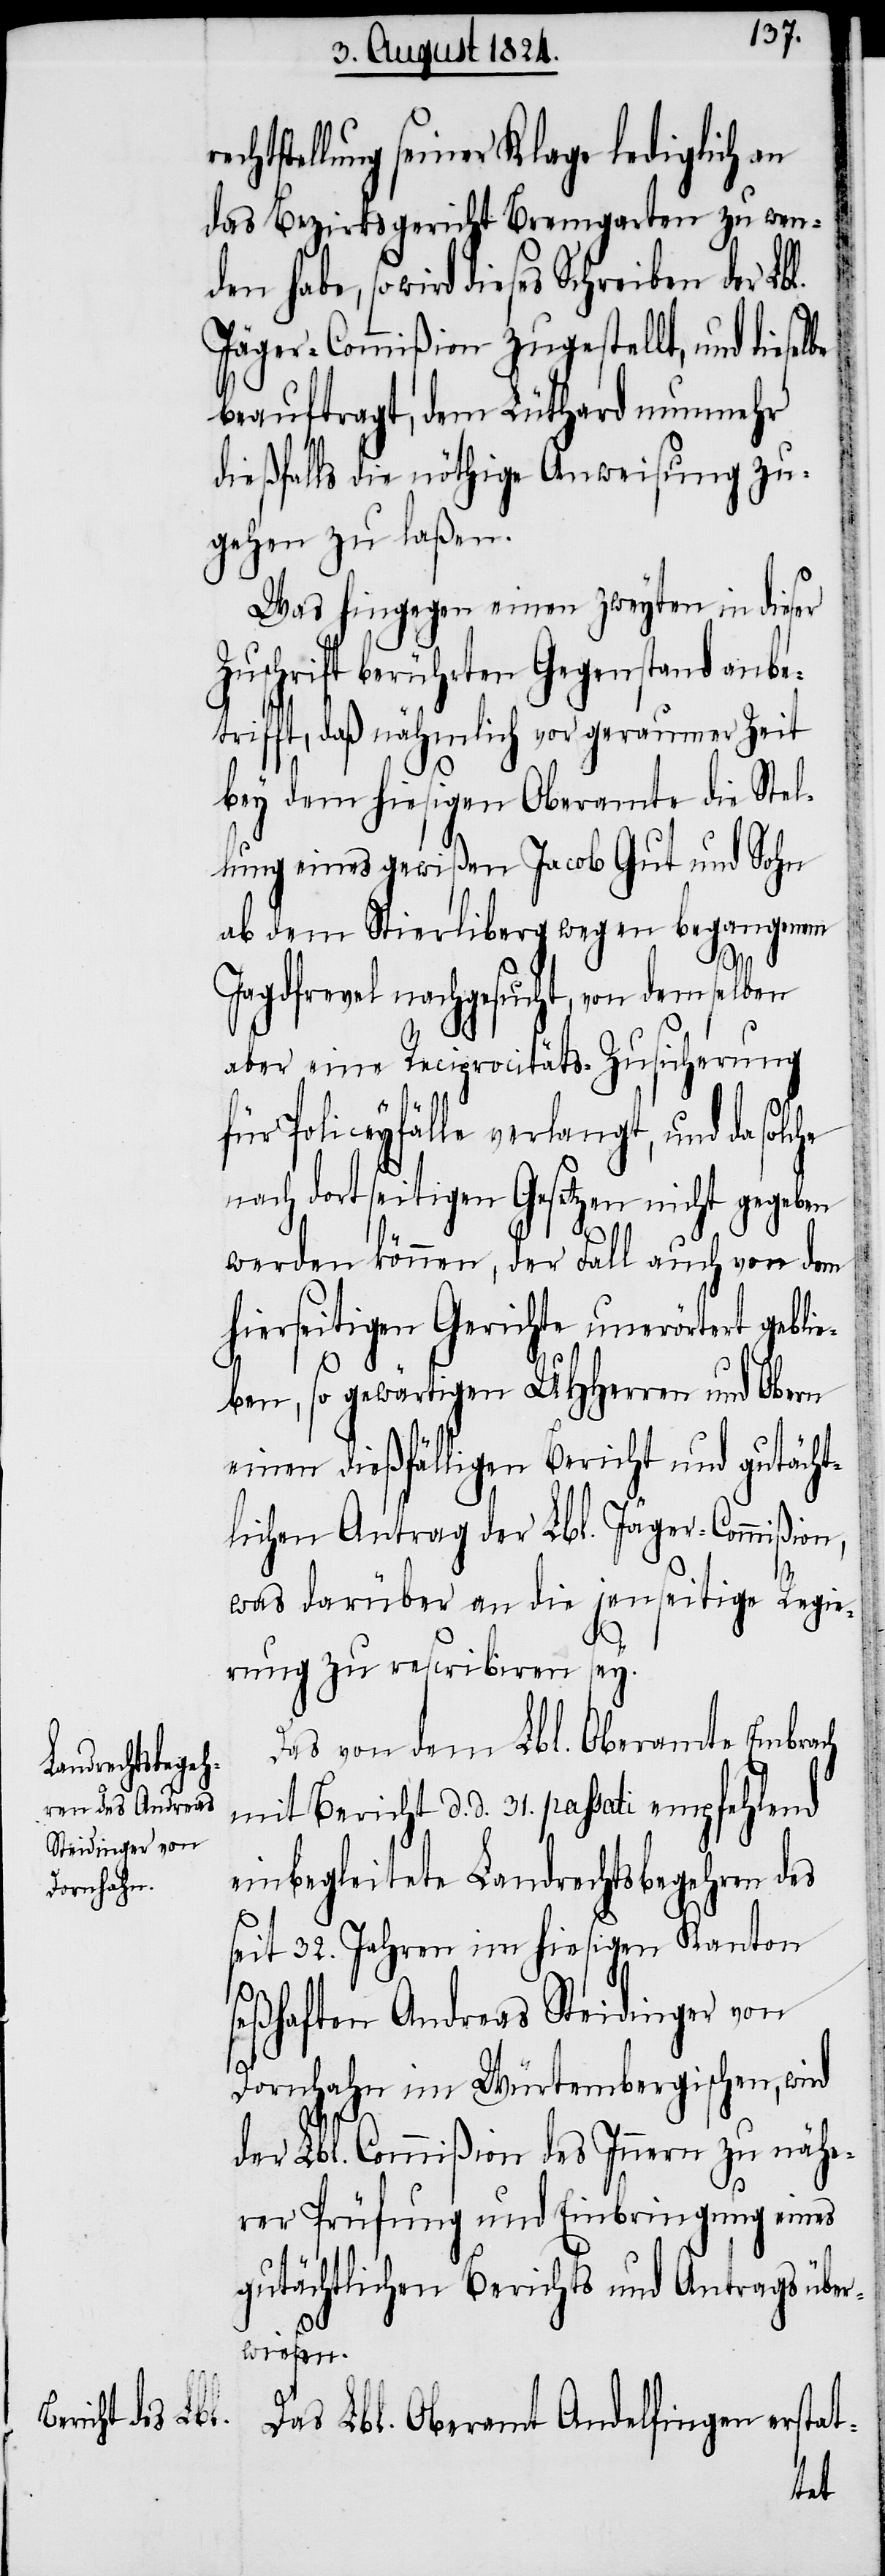
chtstellung seiner Klage lediglich an
das Bezirksgericht Bremgarten zu wen¬
be, so wird dieses Schreiben der Lb¬
Jäger-Commißion zugestellt, und dies¬
beauftragt, dem Lüthard nunmehr
dießfalls die nöthige Anweisung zu¬
gehen zu laßen.
Was hingegen einen zweyten in dieser
Zuschrift berührten Gegenstand anbe¬
trifft, daß nämlich vor geraumer Zeit
bey dem hiesigen Oberamte die Stel¬
lung eines gewißen Jacob Gut und Sohn
ab dem Stierliberg wegen begangenem
l.
Jagdfrevel nachgesucht, von demselben
aber eine Reciprocitäts-Zusicherung
für Policeyfälle verlangt, und da sol¬
nach dortseitigen Gesetzen nicht gegeben
werden können, der Fall auch von dem
hierseitigen Gerichte unerörtert gebli¬
eben, so gewärtigen UHHerren und Obern
einen dießfälligen Bericht und gutächt¬
lichen Antrag der Lbl. Jäger-Commißion,
was darüber an die jenseitige Regie¬
rung zu rescribiren sey.
Das von dem Lbl. Oberamt Embr¬
mit Bericht d. d. 31. passati empfehlend
einbegleitete Landrechtsbegehren des
seit 32. Jahren im hiesigen Kanton
seßhaften Andreas Steidinger von
Dornhahn im Würtembergischen, wird
der Lbl. Commißion des Innern zu nähe¬
rer Prüfung und Einbringung eines
gutächtlichen Berichtes und Antrags über¬
wiesen.
Das Lbl. Oberamt Andelfingen erstat-
ach